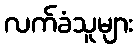
လက်ခံသူများ